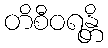
တိစီဝရန္တိ